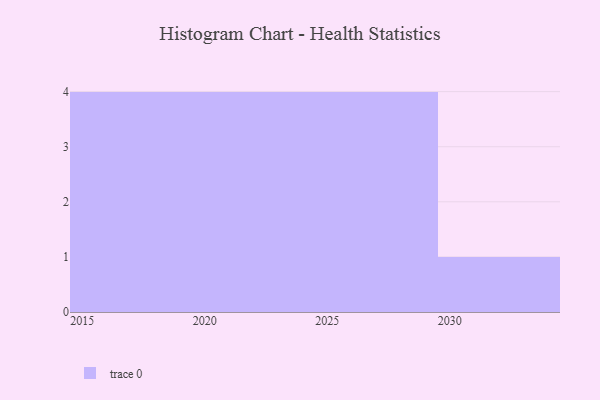
{"axis": {"x": "Year", "y": "Population (Million)"}, "legend": [""], "data": [{"x": "2025", "y": 52, "type": ""}, {"x": "2022", "y": 72, "type": ""}, {"x": "2019", "y": 10, "type": ""}, {"x": "2016", "y": 50, "type": ""}, {"x": "2023", "y": 91, "type": ""}, {"x": "2018", "y": 67, "type": ""}, {"x": "2015", "y": 78, "type": ""}, {"x": "2029", "y": 83, "type": ""}, {"x": "2028", "y": 22, "type": ""}, {"x": "2030", "y": 60, "type": ""}, {"x": "2021", "y": 56, "type": ""}, {"x": "2020", "y": 19, "type": ""}, {"x": "2027", "y": 78, "type": ""}]}